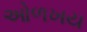
ઓળખય